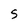
Character: S